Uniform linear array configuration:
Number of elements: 8
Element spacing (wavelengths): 0.75
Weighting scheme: kaiser
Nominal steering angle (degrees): -15
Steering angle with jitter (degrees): -16.753
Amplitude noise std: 0.05
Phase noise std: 0.05

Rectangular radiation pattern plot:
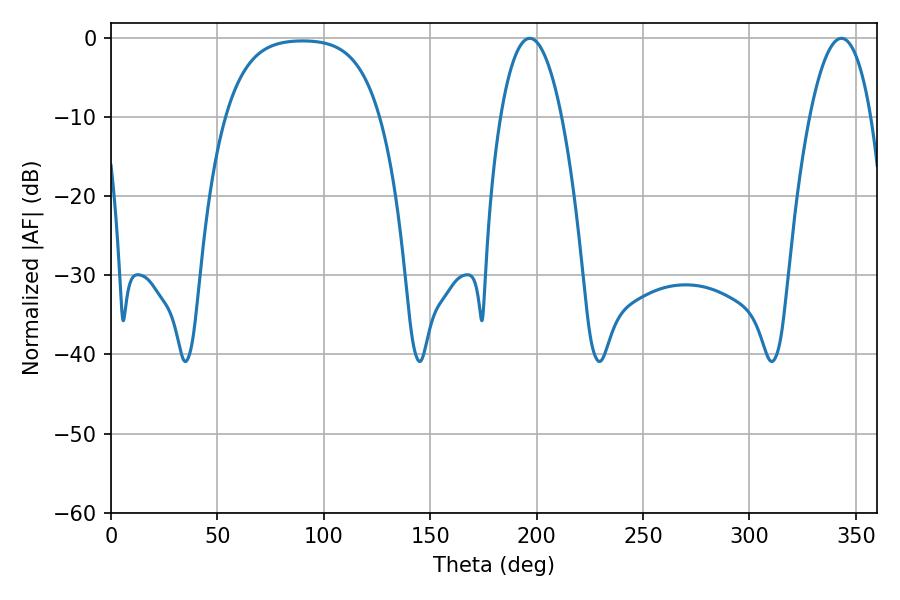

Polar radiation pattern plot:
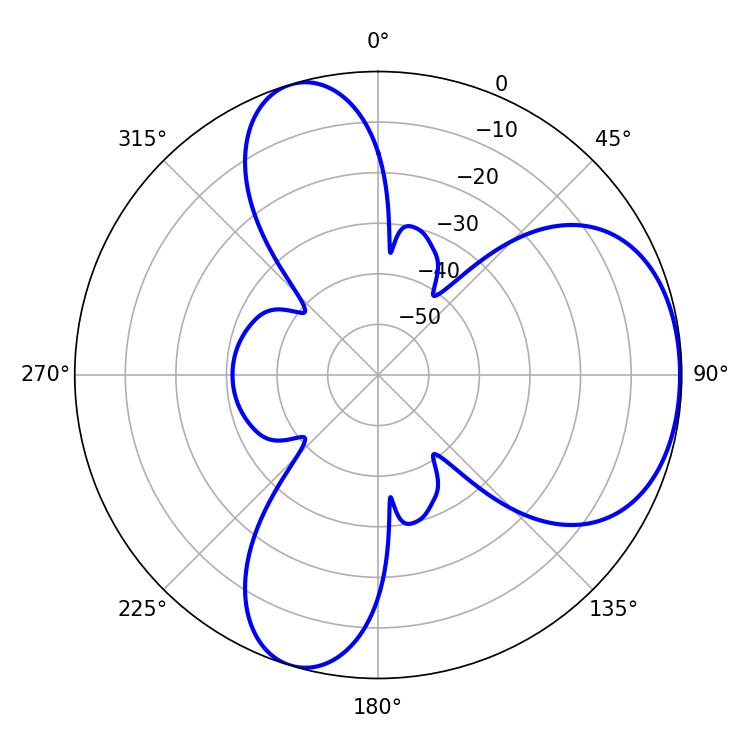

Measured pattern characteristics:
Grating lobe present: TRUE
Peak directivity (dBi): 5.228
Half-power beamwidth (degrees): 16.02
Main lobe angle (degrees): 196.74